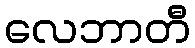
လေဘာတီ